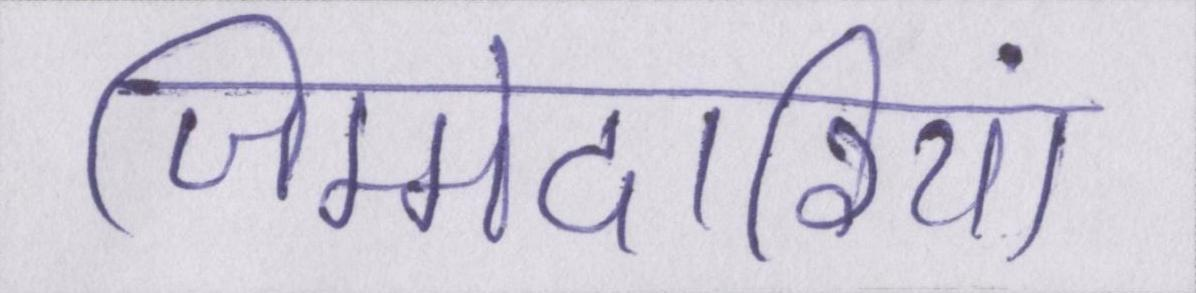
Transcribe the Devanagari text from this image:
जिम्मेदारियां